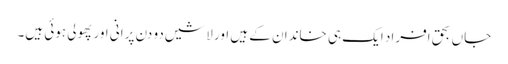
جاں بحق افراد ایک ہی خاندان کے ہیں اور لاشیں دو دن پرانی اور پھولی ہوئی ہیں۔